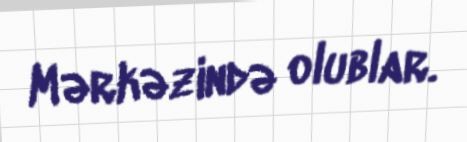
Mərkəzində olublar.